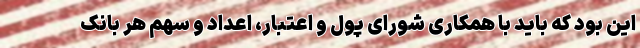
این بود که باید با همکاری شورای پول و اعتبار، اعداد و سهم هر بانک